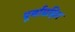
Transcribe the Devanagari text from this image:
पूर्वाग्रहित